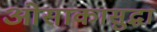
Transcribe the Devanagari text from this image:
ओसाकासुद्धा